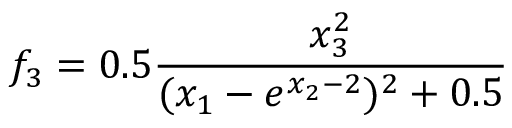
f _ { 3 } = 0 . 5 \frac { x _ { 3 } ^ { 2 } } { ( x _ { 1 } - e ^ { x _ { 2 } - 2 } ) ^ { 2 } + 0 . 5 }